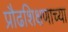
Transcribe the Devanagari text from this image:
प्रौढशिक्षणाच्या